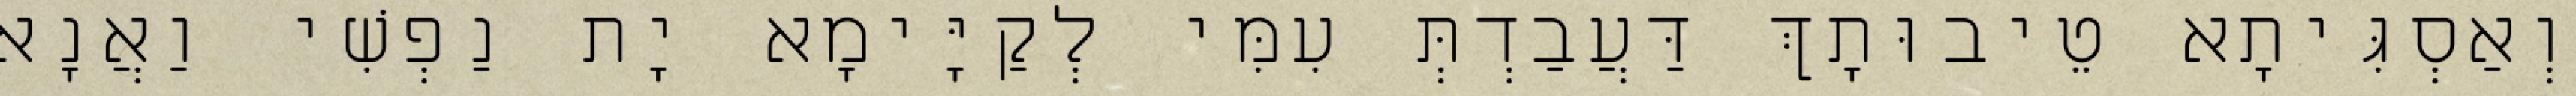
וְאַסְגִּיתָא טֵיבוּתָךְ דַּעֲבַדְתְּ עִמִּי לְקַיָּימָא יָת נַפְשִׁי וַאֲנָא